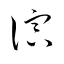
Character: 演